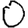
Digit: 0